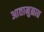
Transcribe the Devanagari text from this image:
आतामुळात